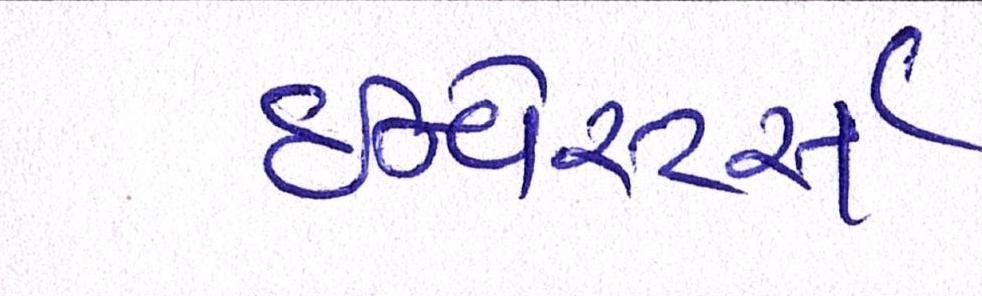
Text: ઇન્વેસ્ટર્સ